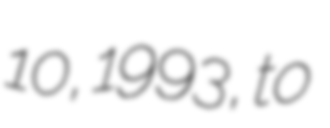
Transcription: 10, 1993, to